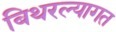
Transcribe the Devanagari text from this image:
बिथरल्यागत